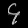
Digit: ၄